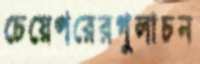
চেয়েপরেরগুলাচন